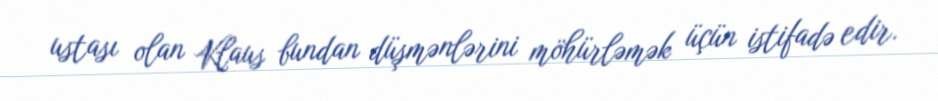
ustası olan Klaus bundan düşmənlərini möhürləmək üçün istifadə edir.